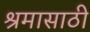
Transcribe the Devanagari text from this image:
श्रमासाठी